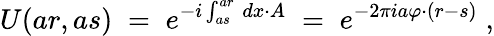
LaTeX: U(ar,as)\; =\; e^{-i\int_{as}^{ar}\, dx\cdot A}\; =\; e^{-2\pi ia\varphi\cdot(r-s)}\; ,